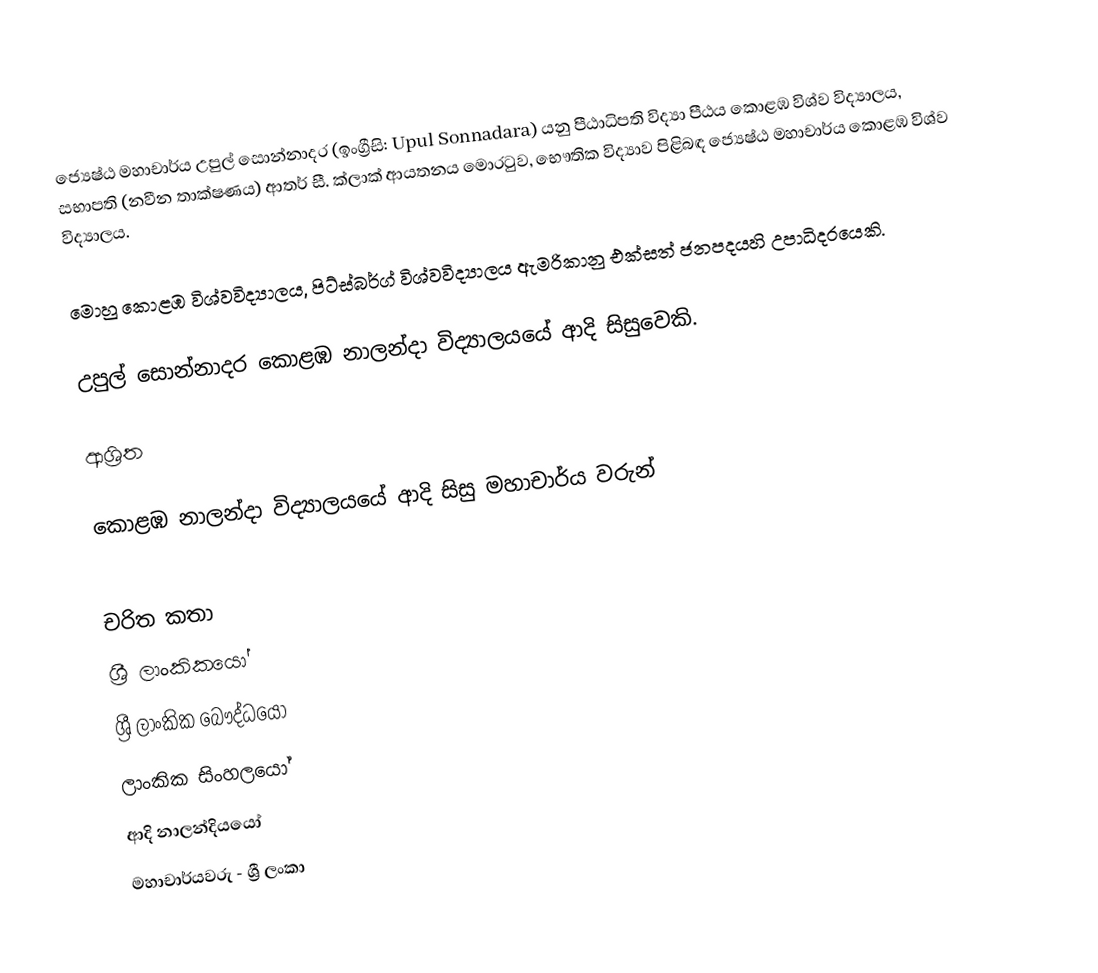
ජ්‍යෙෂ්ඨ මහාචාර්ය උපුල් සොන්නාදර   (ඉංග්‍රීසි: Upul Sonnadara) යනු  පීඨාධිපති විද්‍යා පීඨය කොළඹ විශ්ව විද්‍යාලය, සභාපති (නවීන තාක්ෂණය) ආතර් සී. ක්ලාක් ආයතනය මොරටුව, භෞතික විද්‍යාව පිළිබඳ ජ්‍යෙෂ්ඨ මහාචාර්ය කොළඹ විශ්ව විද්‍යාලය.

මොහු කොළඹ විශ්වවිද්‍යාලය, පිට්ස්බර්ග් විශ්වවිද්‍යාලය ඇමරිකානු එක්සත් ජනපදයහි උපාධිදරයෙකි.

උපුල් සොන්නාදර  කොළඹ නාලන්දා විද්‍යාලයයේ ආදි සිසුවෙකි.

ආශ්‍රිත

 කොළඹ නාලන්දා විද්‍යාලයයේ ආදි සිසු මහාචාර්ය වරුන්

චරිත කතා
ශ්‍රී ලාංකිකයෝ
ශ්‍රී ලාංකික බෞද්ධයෝ
ලාංකික සිංහලයෝ
ආදි නාලන්දියයෝ
මහාචාර්යවරු - ශ්‍රී ලංකා